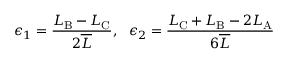
\epsilon _ { 1 } = \frac { L _ { \mathrm { B } } - L _ { \mathrm { C } } } { 2 \overline { { L } } } , \ \ \epsilon _ { 2 } = \frac { L _ { \mathrm { C } } + L _ { \mathrm { B } } - 2 L _ { \mathrm { A } } } { 6 \overline { { L } } }